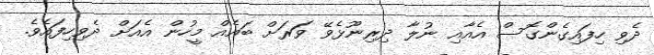
ދެވި ހިފައިގެންގޮސް އެއާއި ނުލާ ދިރިނޫޅެވޭ ވަަރަށް ބައެއް މީހުން އެއަށް ދެވިހިފައެވެ.